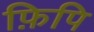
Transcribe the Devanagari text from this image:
फ़िपि